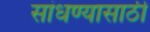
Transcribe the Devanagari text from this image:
सांधण्यासाठी